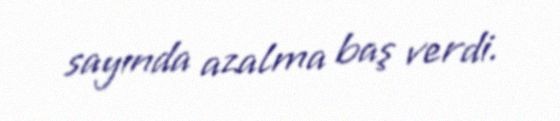
sayında azalma baş verdi.